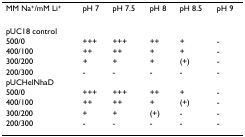
| MM Na+/mM Li+ | pH 7 | pH 7.5 | pH 8 | pH 8.5 | pH 9 |
 | --- | --- | --- | --- | --- | --- |
 | pUC18 control |  |  |  |  |  |
 | 500/0 | +++ | +++ | ++ | + | - |
 | 400/100 | ++ | ++ | + | + | - |
 | 300/200 | + | + | + | (+) | - |
 | 200/300 | - | - | - | - | - |
 | pUCHelNhaD |  |  |  |  |  |
 | 500/0 | +++ | +++ | ++ | + | - |
 | 400/100 | ++ | ++ | + | (+) | - |
 | 300/200 | + | + | (+) | - | - |
 | 200/300 | - | - | - | - | - |